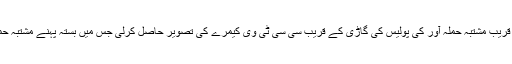
جیو نیوز نے داتا دربار کے قریب مشتبہ حملہ آور کی پولیس کی گاڑی کے قریب سی سی ٹی وی کیمرے کی تصویر حاصل کرلی جس میں بستہ پہنے مشتبہ حملہ آور کو دیکھا جاسکتا ہے۔